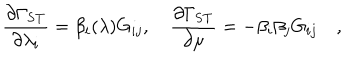
{ \frac { \partial \Gamma _ { \mathrm { S T } } } { \partial \lambda _ { i } } } = \beta _ { i } ( \lambda ) G _ { i j } , \quad { \frac { \partial \Gamma _ { \mathrm { S T } } } { \partial \mu } } = - \beta _ { i } \beta _ { j } G _ { i j } \quad ,